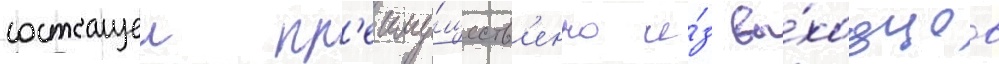
состоащеи пр'еиму́ществ'енно и́з вы́ходцев